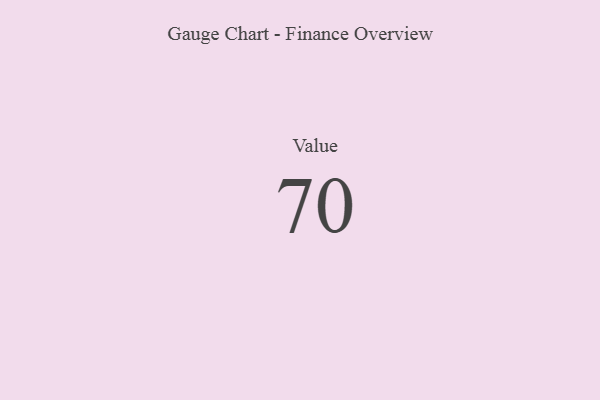
{"axis": {"x": "Metric", "y": "Value"}, "legend": [""], "data": [{"x": "Value", "y": 70, "type": ""}]}